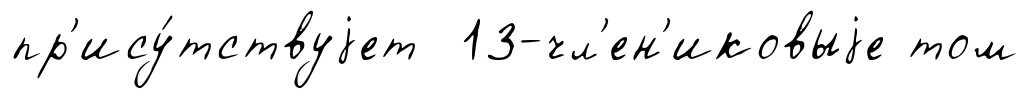
пр'ису́тствуjет 13-чл'ен'иковыjе том